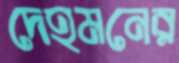
দেহমনের